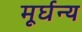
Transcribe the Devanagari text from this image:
मूर्घन्य